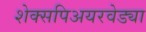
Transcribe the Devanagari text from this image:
शेक्सपिअयरवेड्या